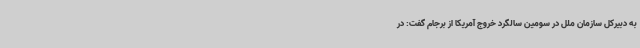
به دبیرکل سازمان ملل در سومین سالگرد خروج آمریکا از برجام گفت: در